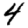
Digit: 4